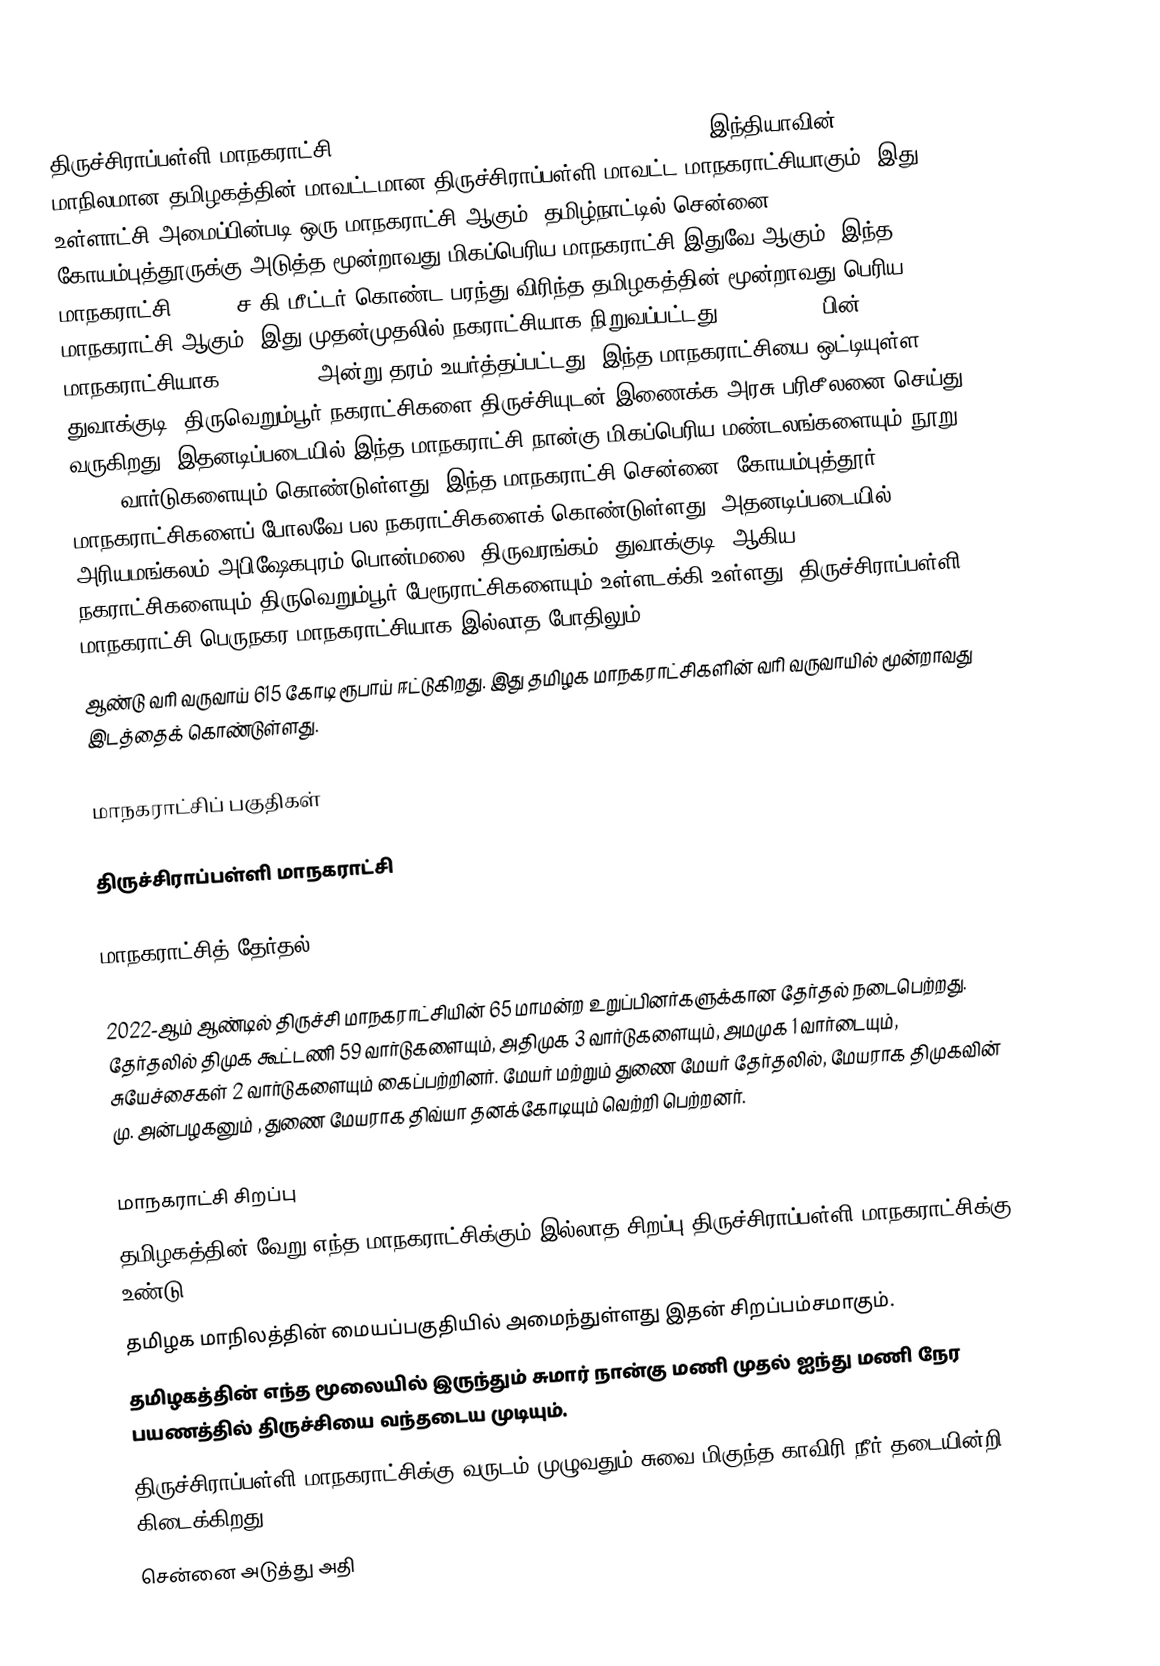
திருச்சிராப்பள்ளி மாநகராட்சி (Tiruchirappalli City Municipal Corporation) இந்தியாவின் மாநிலமான தமிழகத்தின் மாவட்டமான திருச்சிராப்பள்ளி மாவட்ட மாநகராட்சியாகும். இது உள்ளாட்சி அமைப்பின்படி ஒரு மாநகராட்சி ஆகும். தமிழ்நாட்டில் சென்னை, கோயம்புத்தூருக்கு அடுத்த மூன்றாவது மிகப்பெரிய மாநகராட்சி இதுவே ஆகும். இந்த மாநகராட்சி 167.23 ச.கி.மீட்டர் கொண்ட பரந்து விரிந்த தமிழகத்தின் மூன்றாவது பெரிய மாநகராட்சி ஆகும். இது முதன்முதலில் நகராட்சியாக நிறுவப்பட்டது 08.07.1866. பின் மாநகராட்சியாக 01.06.1994 அன்று தரம் உயர்த்தப்பட்டது. இந்த மாநகராட்சியை ஒட்டியுள்ள துவாக்குடி, திருவெறும்பூர் நகராட்சிகளை திருச்சியுடன் இணைக்க அரசு பரிசீலனை செய்து வருகிறது. இதனடிப்படையில் இந்த மாநகராட்சி நான்கு மிகப்பெரிய மண்டலங்களையும் நூறு (100) வார்டுகளையும் கொண்டுள்ளது. இந்த மாநகராட்சி சென்னை, கோயம்புத்தூர் மாநகராட்சிகளைப் போலவே பல நகராட்சிகளைக் கொண்டுள்ளது. அதனடிப்படையில் அரியமங்கலம்,அபிஷேகபுரம்,பொன்மலை, திருவரங்கம், துவாக்குடி, ஆகிய நகராட்சிகளையும் திருவெறும்பூர் பேரூராட்சிகளையும் உள்ளடக்கி உள்ளது. திருச்சிராப்பள்ளி மாநகராட்சி பெருநகர மாநகராட்சியாக இல்லாத போதிலும்
ஆண்டு வரி வருவாய் 615 கோடி ரூபாய் ஈட்டுகிறது. இது தமிழக மாநகராட்சிகளின் வரி வருவாயில் மூன்றாவது இடத்தைக் கொண்டுள்ளது.

மாநகராட்சிப் பகுதிகள்

திருச்சிராப்பள்ளி மாநகராட்சி

மாநகராட்சித் தேர்தல், 2022

2022-ஆம் ஆண்டில் திருச்சி  மாநகராட்சியின் 65 மாமன்ற உறுப்பினர்களுக்கான தேர்தல் நடைபெற்றது. தேர்தலில் திமுக கூட்டணி 59 வார்டுகளையும், அதிமுக 3 வார்டுகளையும், அமமுக 1 வார்டையும், சுயேச்சைகள் 2 வார்டுகளையும் கைப்பற்றினர்.  மேயர் மற்றும் துணை மேயர் தேர்தலில், மேயராக திமுகவின் மு. அன்பழகனும் ,  துணை மேயராக திவ்யா தனக்கோடியும்  வெற்றி பெற்றனர்.

மாநகராட்சி சிறப்பு
 தமிழகத்தின் வேறு எந்த மாநகராட்சிக்கும் இல்லாத சிறப்பு திருச்சிராப்பள்ளி மாநகராட்சிக்கு உண்டு.
 தமிழக மாநிலத்தின் மையப்பகுதியில் அமைந்துள்ளது இதன் சிறப்பம்சமாகும்.
 தமிழகத்தின் எந்த மூலையில் இருந்தும் சுமார் நான்கு மணி முதல் ஐந்து மணி நேர பயணத்தில் திருச்சியை வந்தடைய முடியும்.
 திருச்சிராப்பள்ளி மாநகராட்சிக்கு வருடம் முழுவதும் சுவை மிகுந்த காவிரி நீர் தடையின்றி கிடைக்கிறது.
 சென்னை அடுத்து அதி